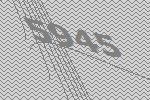
5945